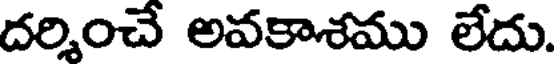
దర్శించే అవకాశము లేదు.